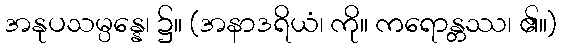
အနုပသမ္ပန္နေ၊ ၌။ (အနာဒရိယံ၊ ကို။ ကရောန္တဿ၊ ၏။)